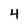
Character: 4